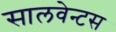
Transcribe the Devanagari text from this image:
सालवेन्टस